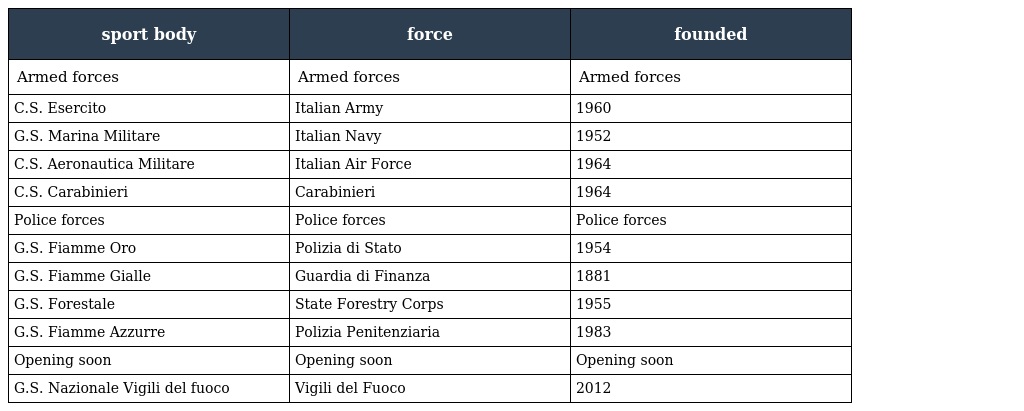
| sport body | force | founded |
 | --- | --- | --- |
 | Armed forces | Armed forces | Armed forces |
 | C.S. Esercito | Italian Army | 1960 |
 | G.S. Marina Militare | Italian Navy | 1952 |
 | C.S. Aeronautica Militare | Italian Air Force | 1964 |
 | C.S. Carabinieri | Carabinieri | 1964 |
 | Police forces | Police forces | Police forces |
 | G.S. Fiamme Oro | Polizia di Stato | 1954 |
 | G.S. Fiamme Gialle | Guardia di Finanza | 1881 |
 | G.S. Forestale | State Forestry Corps | 1955 |
 | G.S. Fiamme Azzurre | Polizia Penitenziaria | 1983 |
 | Opening soon | Opening soon | Opening soon |
 | G.S. Nazionale Vigili del fuoco | Vigili del Fuoco | 2012 |